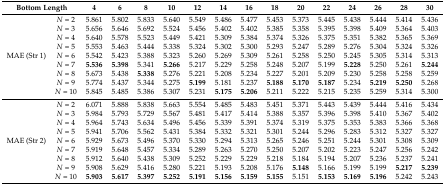
<table><thead><tr><td colspan="2"><b>Bottom Length</b></td><td><b>4</b></td><td><b>6</b></td><td><b>8</b></td><td><b>10</b></td><td><b>12</b></td><td><b>14</b></td><td><b>16</b></td><td><b>18</b></td><td><b>20</b></td><td><b>22</b></td><td><b>24</b></td><td><b>26</b></td><td><b>28</b></td><td><b>30</b></td></tr></thead><tbody><tr><td rowspan="9">MAE (Str 1)</td><td><i>N</i> = 2</td><td>5.861</td><td>5.802</td><td>5.833</td><td>5.640</td><td>5.549</td><td>5.486</td><td>5.477</td><td>5.453</td><td>5.373</td><td>5.445</td><td>5.438</td><td>5.444</td><td>5.414</td><td>5.436</td></tr><tr><td><i>N</i> = 3</td><td>5.656</td><td>5.646</td><td>5.692</td><td>5.524</td><td>5.456</td><td>5.402</td><td>5.402</td><td>5.385</td><td>5.358</td><td>5.395</td><td>5.398</td><td>5.409</td><td>5.364</td><td>5.403</td></tr><tr><td><i>N</i> = 4</td><td>5.640</td><td>5.578</td><td>5.523</td><td>5.449</td><td>5.421</td><td>5.309</td><td>5.384</td><td>5.374</td><td>5.326</td><td>5.375</td><td>5.351</td><td>5.382</td><td>5.365</td><td>5.369</td></tr><tr><td><i>N</i> = 5</td><td>5.553</td><td>5.463</td><td>5.444</td><td>5.338</td><td>5.324</td><td>5.302</td><td>5.300</td><td>5.293</td><td>5.247</td><td>5.289</td><td>5.276</td><td>5.304</td><td>5.324</td><td>5.326</td></tr><tr><td><i>N</i> = 6</td><td>5.542</td><td>5.423</td><td>5.388</td><td>5.323</td><td>5.260</td><td>5.269</td><td>5.309</td><td>5.261</td><td>5.258</td><td>5.250</td><td>5.245</td><td>5.305</td><td>5.314</td><td>5.313</td></tr><tr><td><i>N</i> = 7</td><td><b>5.536</b></td><td><b>5.398</b></td><td>5.341</td><td><b>5.266</b></td><td>5.217</td><td>5.229</td><td>5.258</td><td>5.248</td><td>5.207</td><td>5.199</td><td><b>5.228</b></td><td>5.250</td><td>5.261</td><td><b>5.244</b></td></tr><tr><td><i>N</i> = 8</td><td>5.673</td><td>5.438</td><td><b>5.338</b></td><td>5.276</td><td>5.221</td><td>5.208</td><td>5.234</td><td>5.227</td><td>5.201</td><td>5.209</td><td>5.230</td><td>5.258</td><td>5.258</td><td>5.259</td></tr><tr><td><i>N</i> = 9</td><td>5.774</td><td>5.437</td><td>5.344</td><td>5.275</td><td><b>5.199</b></td><td>5.181</td><td>5.237</td><td><b>5.188</b></td><td><b>5.170</b></td><td><b>5.187</b></td><td>5.234</td><td><b>5.219</b></td><td><b>5.250</b></td><td>5.268</td></tr><tr><td><i>N</i> = 10</td><td>5.845</td><td>5.485</td><td>5.386</td><td>5.307</td><td>5.231</td><td><b>5.175</b></td><td><b>5.206</b></td><td>5.211</td><td>5.222</td><td>5.215</td><td>5.235</td><td>5.259</td><td>5.314</td><td>5.300</td></tr><tr><td rowspan="9">MAE (Str 2)</td><td><i>N</i> = 2</td><td>6.071</td><td>5.888</td><td>5.838</td><td>5.663</td><td>5.554</td><td>5.485</td><td>5.483</td><td>5.451</td><td>5.371</td><td>5.443</td><td>5.439</td><td>5.444</td><td>5.416</td><td>5.434</td></tr><tr><td><i>N</i> = 3</td><td>5.984</td><td>5.793</td><td>5.729</td><td>5.567</td><td>5.481</td><td>5.417</td><td>5.414</td><td>5.388</td><td>5.357</td><td>5.396</td><td>5.398</td><td>5.410</td><td>5.367</td><td>5.402</td></tr><tr><td><i>N</i> = 4</td><td>5.964</td><td>5.743</td><td>5.634</td><td>5.496</td><td>5.456</td><td>5.339</td><td>5.391</td><td>5.374</td><td>5.319</td><td>5.375</td><td>5.353</td><td>5.383</td><td>5.366</td><td>5.368</td></tr><tr><td><i>N</i> = 5</td><td>5.941</td><td>5.706</td><td>5.562</td><td>5.431</td><td>5.384</td><td>5.332</td><td>5.321</td><td>5.301</td><td>5.244</td><td>5.296</td><td>5.283</td><td>5.312</td><td>5.327</td><td>5.327</td></tr><tr><td><i>N</i> = 6</td><td>5.929</td><td>5.673</td><td>5.496</td><td>5.370</td><td>5.330</td><td>5.294</td><td>5.313</td><td>5.265</td><td>5.246</td><td>5.251</td><td>5.244</td><td>5.301</td><td>5.308</td><td>5.309</td></tr><tr><td><i>N</i> = 7</td><td>5.919</td><td>5.648</td><td>5.457</td><td>5.334</td><td>5.289</td><td>5.263</td><td>5.270</td><td>5.250</td><td>5.207</td><td>5.202</td><td>5.223</td><td>5.247</td><td>5.256</td><td>5.242</td></tr><tr><td><i>N</i> = 8</td><td>5.912</td><td>5.640</td><td>5.438</td><td>5.309</td><td>5.252</td><td>5.229</td><td>5.229</td><td>5.218</td><td>5.184</td><td>5.194</td><td>5.207</td><td>5.236</td><td>5.237</td><td>5.241</td></tr><tr><td><i>N</i> = 9</td><td>5.908</td><td>5.629</td><td>5.416</td><td>5.280</td><td>5.221</td><td>5.193</td><td>5.208</td><td>5.176</td><td><b>5.148</b></td><td>5.166</td><td>5.199</td><td>5.199</td><td><b>5.217</b></td><td><b>5.239</b></td></tr><tr><td><i>N</i> = 10</td><td><b>5.903</b></td><td><b>5.617</b></td><td><b>5.397</b></td><td><b>5.252</b></td><td><b>5.191</b></td><td><b>5.156</b></td><td><b>5.159</b></td><td><b>5.155</b></td><td>5.151</td><td><b>5.153</b></td><td><b>5.169</b></td><td><b>5.196</b></td><td>5.242</td><td>5.243</td></tr></tbody></table>